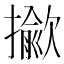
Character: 𢶖